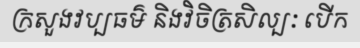
ក្រសួងវប្បធម៌ និងវិចិត្រសិល្បៈ បើក